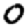
Digit: 0